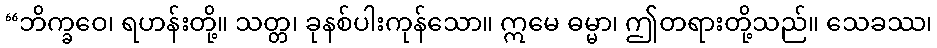
“ဘိက္ခဝေ၊ ရဟန်းတို့။ သတ္တ၊ ခုနစ်ပါးကုန်သော။ ဣမေ ဓမ္မာ၊ ဤတရားတို့သည်။ သေခဿ၊